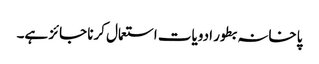
پاخانہ بطور ادویات استعمال کرنا جائز ہے۔